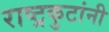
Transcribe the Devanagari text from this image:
राष्ट्रकुटांनी